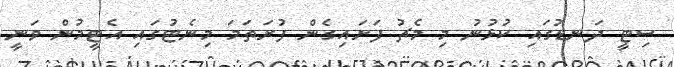
ސިޓީ ދަނޑުގައި ކުޅުނު މި މެޗު ފަށައިގެން ފުރަތަމަ މިނެޓުގައި އެޓީމުން ވަނީ